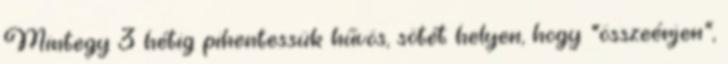
Mintegy 3 hétig pihentessük hűvös, sötét helyen, hogy "összeérjen",